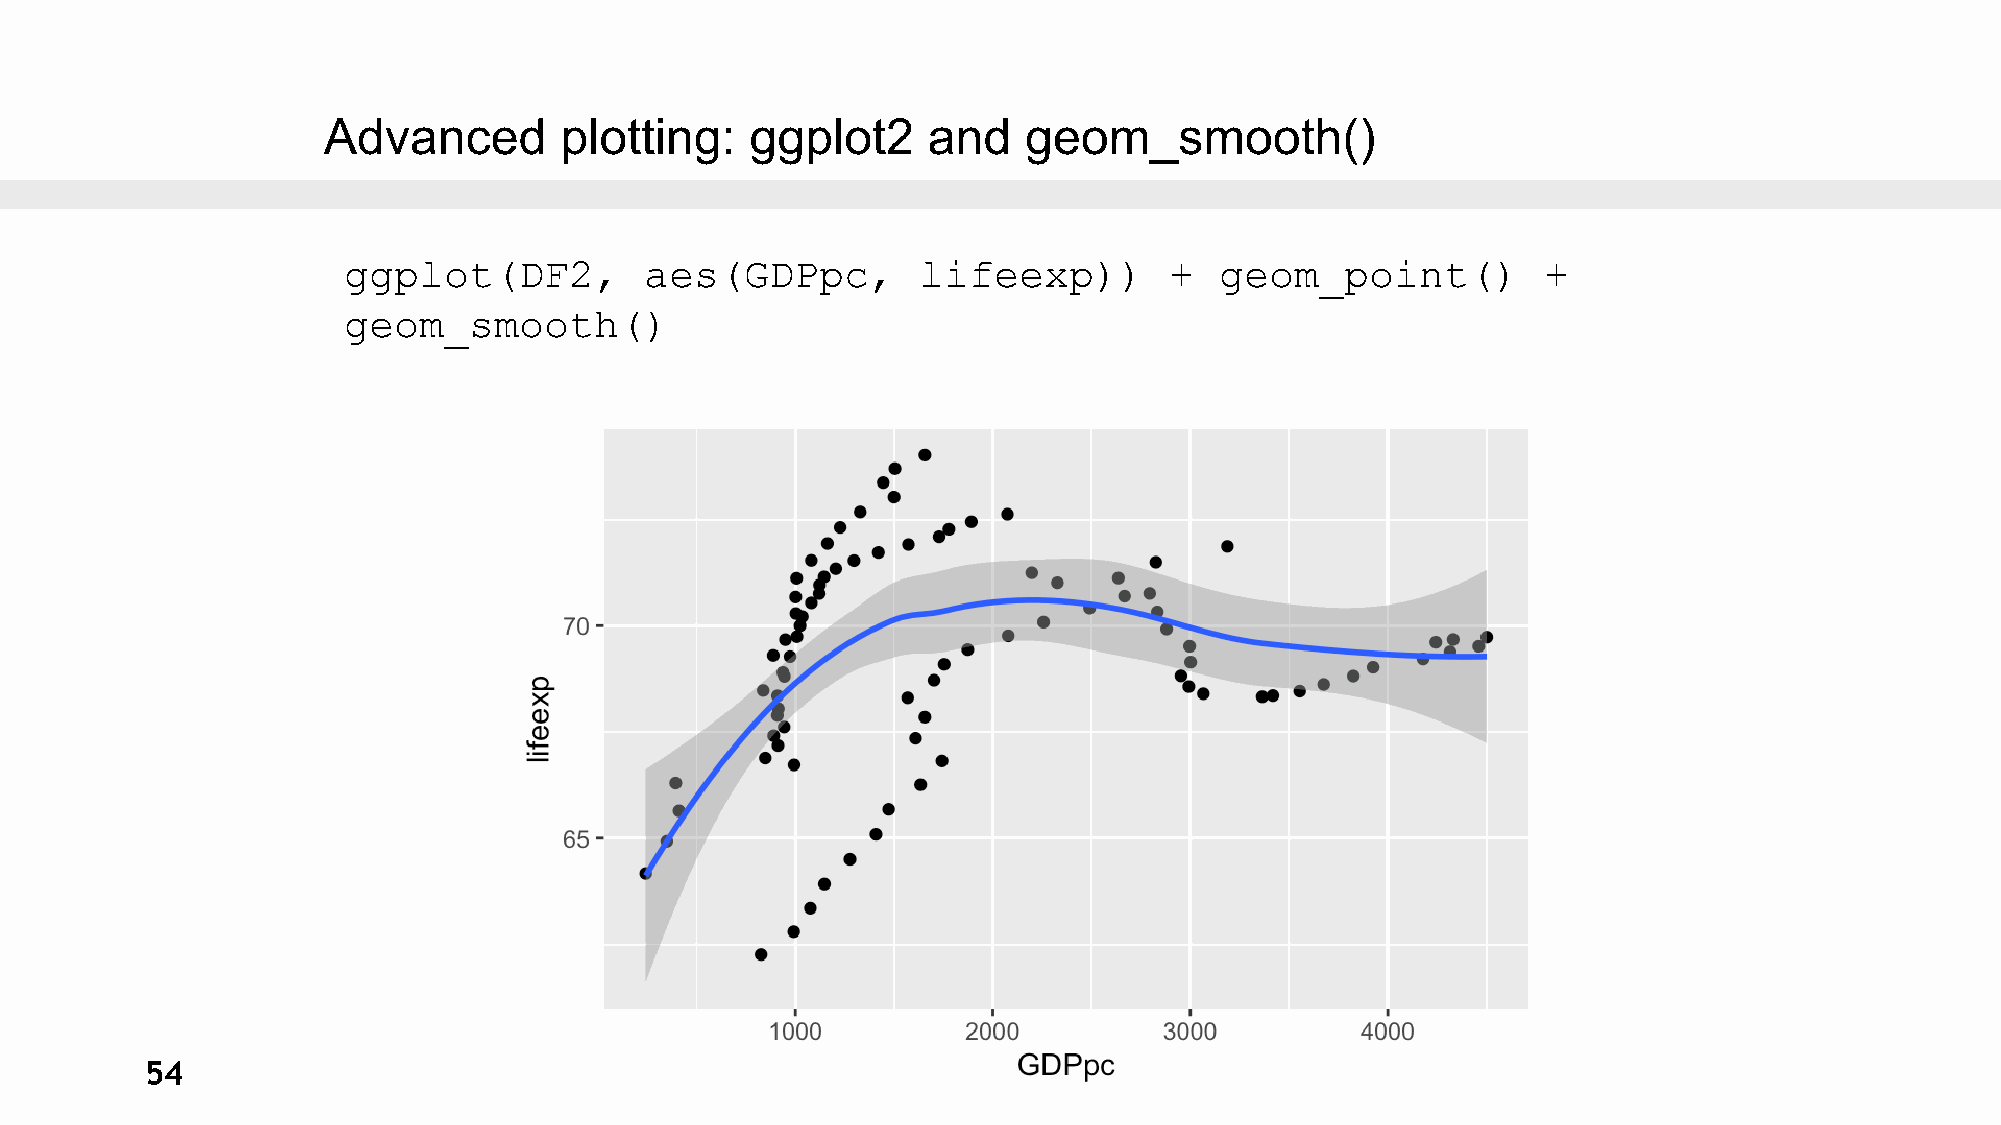
Advanced        plotting:    ggplot2    and    geom_smooth()
 ggplot(DF2,         aes(GDPpc,        lifeexp))       +   geom_point()         +
 geom_smooth()
 54